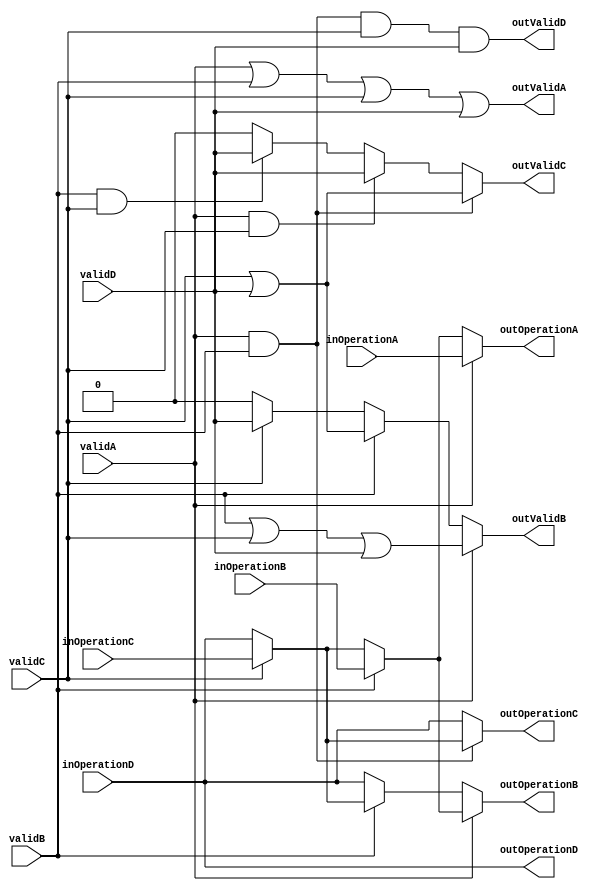

module queue_feeder(
    input [56:0] inOperationA, input validA,
    input [56:0] inOperationB, input validB,
    input [56:0] inOperationC, input validC,
    input [56:0] inOperationD, input validD,
    output [56:0] outOperationA, output outValidA,
    output [56:0] outOperationB, output outValidB,
    output [56:0] outOperationC, output outValidC,
    output [56:0] outOperationD, output outValidD
    );

    assign outValidA = validA | validB | validC | validD;
    assign outValidB = (validA) ? (validB | validC | validD) :
                            (validB) ? (validC | validD) :
                            (validC) ? validD :
                            1'b0;
    assign outValidC = (validA & validB) ? (validC | validD) :
                        (validA & validC) ? validD :
                        (validB & validC) ? validD :
                        1'b0;
    assign outValidD = validA & validB & validC & validD;

    assign outOperationA = validA ? inOperationA :
                            validB ? inOperationB :
                            validC ? inOperationC :
                            inOperationD;
    
    assign outOperationB = (validA) ? validB ? inOperationB :
                                    validC ? inOperationC :
                                    inOperationD :
                            (validB) ? validC ? inOperationC :
                                    inOperationD :
                            inOperationD;
                        
    assign outOperationC = (validA & validB) ? validC ? inOperationC :
                                    inOperationD :
                            (validA & validC) ? inOperationD :
                            inOperationD;

    assign outOperationD = inOperationD;

endmodule